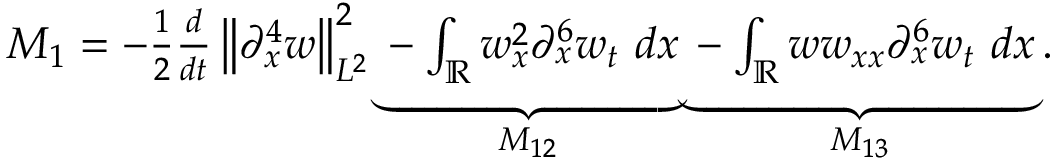
\begin{array} { r } { M _ { 1 } = - \frac { 1 } { 2 } \frac { d } { d t } \left\| \partial _ { x } ^ { 4 } w \right\| _ { L ^ { 2 } } ^ { 2 } \underbrace { - \int _ { \mathbb { R } } w _ { x } ^ { 2 } \partial _ { x } ^ { 6 } w _ { t } \ d x } _ { M _ { 1 2 } } \underbrace { - \int _ { \mathbb { R } } w w _ { x x } \partial _ { x } ^ { 6 } w _ { t } \ d x } _ { M _ { 1 3 } } . } \end{array}